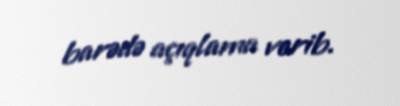
barədə açıqlama verib.